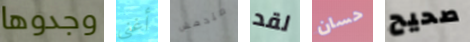
وجدوها أغنى مندهش لقد حسان صحيح